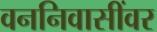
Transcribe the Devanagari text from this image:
वननिवासींवर